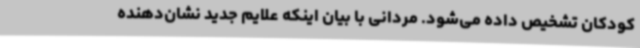
کودکان تشخیص داده می‌شود. مردانی با بیان اینکه علایم جدید نشان‌دهنده